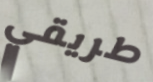
طريقي